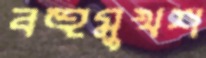
বহুমুখশ